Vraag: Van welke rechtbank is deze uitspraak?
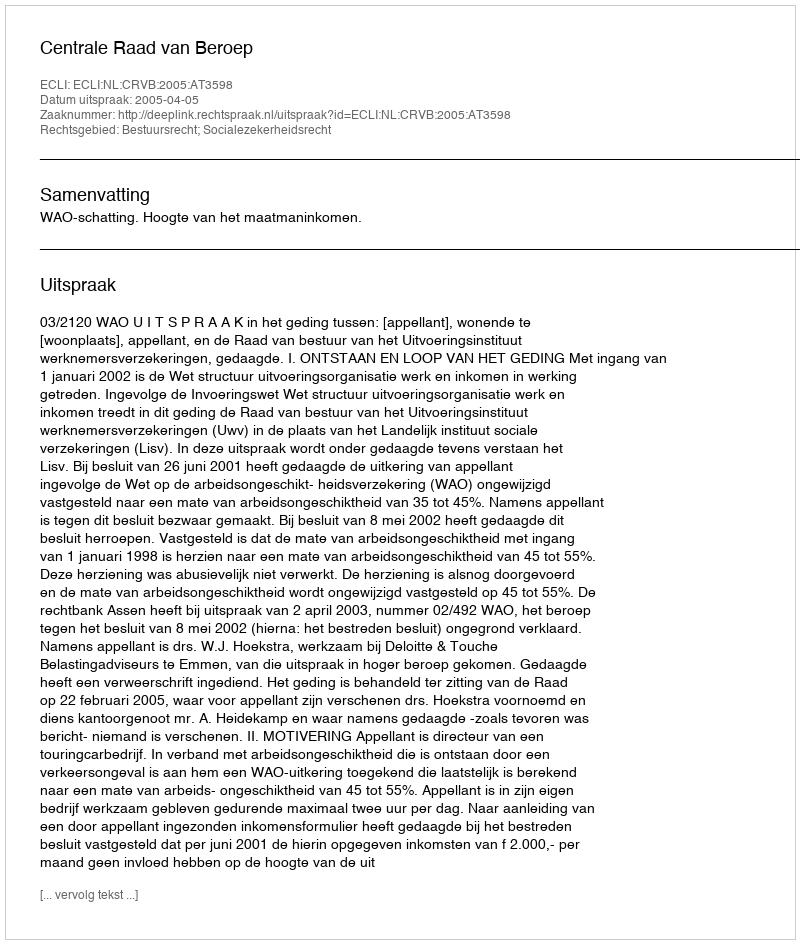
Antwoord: Centrale Raad van Beroep